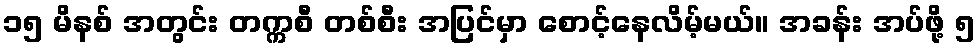
၁၅ မိနစ် အတွင်း တက္ကစီ တစ်စီး အပြင်မှာ စောင့်နေလိမ့်မယ်။ အခန်း အပ်ဖို့ ၅